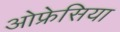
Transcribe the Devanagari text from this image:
ओफ्रेसिया